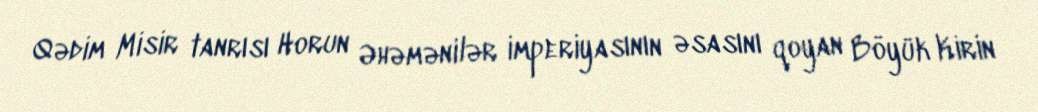
Qədim Misir tanrısı Horun Əhəmənilər imperiyasının əsasını qoyan Böyük Kirin